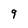
Character: 9